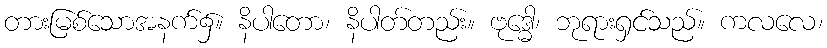
တားမြစ်သောအနက်၌။ နိပါတော၊ နိပါတ်တည်း။ ဗုဒ္ဓေါ၊ ဘုရားရှင်သည်။ ကလလေ၊